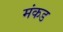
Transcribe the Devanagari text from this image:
मंकड